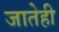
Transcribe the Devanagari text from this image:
जातेही